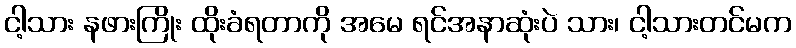
ငါ့သား နဖားကြိုး ထိုးခံရတာကို အမေ ရင်အနာဆုံးပဲ သား၊ ငါ့သားတင်မက